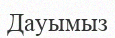
Дауымыз